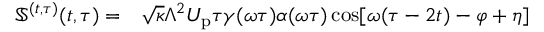
\begin{array} { r l } { \mathbb { S } ^ { ( t , \tau ) } ( t , \tau ) = } & { { } \sqrt { \kappa } \Lambda ^ { 2 } U _ { \mathrm { p } } \tau \gamma ( \omega \tau ) \alpha ( \omega \tau ) \cos [ \omega ( \tau - 2 t ) - \varphi + \eta ] } \end{array}